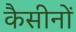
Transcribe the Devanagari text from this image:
कैसीनों